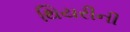
થિયરીની